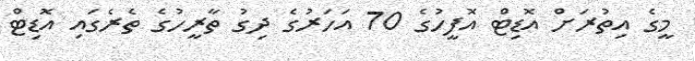
މީގެ އިތުރަށް އޮޑިޓް އޮފީހުގެ 70 އަހަރުގެ ދިގު ތާރީހުގެ ތެރެގައި އޮޑިޓް